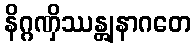
နိဂ္ဂဏှိဿန္တျနာဂတေ